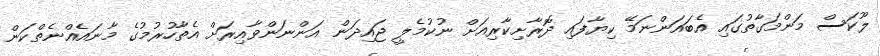
ލޫކަސް މަންމަގާތުގައި އެބައަންނަމޭ ކިޔާފައި ދޮރާށިކާރިއަށް ނުކުމެލީ ޖައިދަން އަންނަންވާއިރަށް އެތާހުރުމުގެ މާނައެއްނެތްކަން